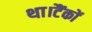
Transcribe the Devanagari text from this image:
था।टैंकों